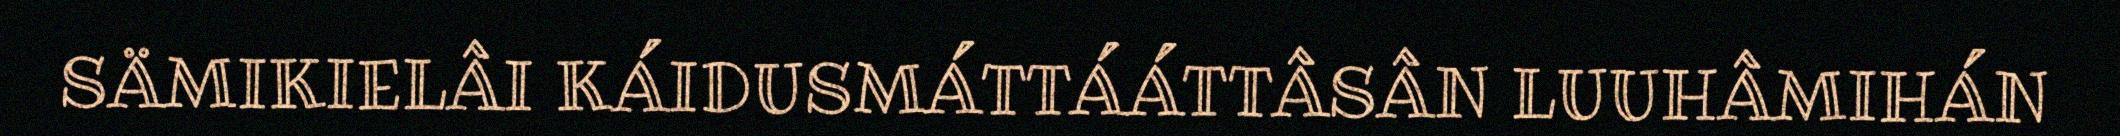
SÄMIKIELÂI KÁIDUSMÁTTÁÁTTÂSÂN LUUHÂMIHÁN